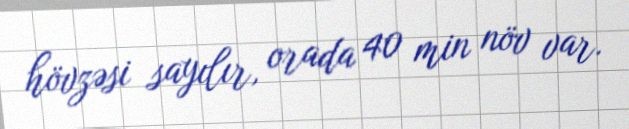
hövzəsi sayılır, orada 40 min növ var.